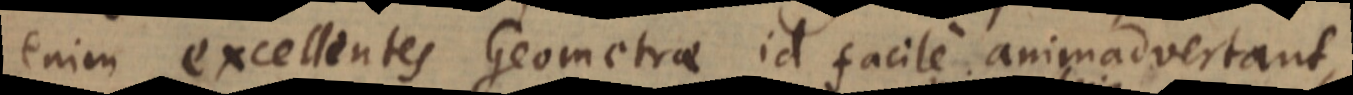
enim excellentes Geometrae id facile animadvertant,